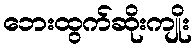
ဘေးထွက်ဆိုးကျိုး